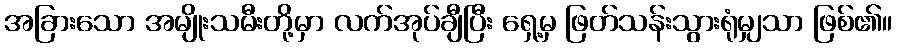
အခြားသော အမျိုးသမီးတို့မှာ လက်အုပ်ချီပြီး ရှေ့မှ ဖြတ်သန်းသွားရုံမျှသာ ဖြစ်၏။